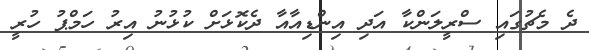
ދެ މެޗުގައި ސްރީލަންކާ އަދި އިންޑިއާއާ ދެކޮޅަށް ކުޅުނު އިރު ހަމްޕު ހުރީ